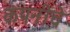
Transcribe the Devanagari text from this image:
कंपनीचेे